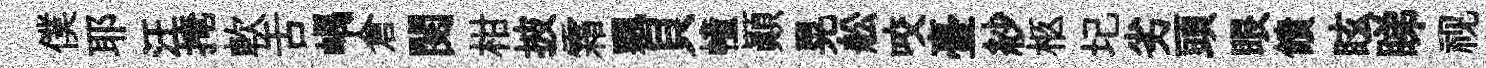
僕耶汪掩軟舌嵎倉閱柑披霜飄貝幢顚晃舩咬臺紗柩圮劣頭眼饋眩睇视